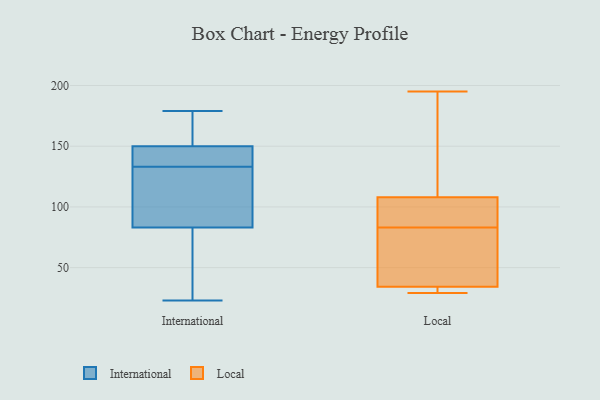
{"axis": {"x": "Population (Million)", "y": "Value"}, "legend": ["International", "Local"], "data": [{"x": "", "y": 23, "type": "International"}, {"x": "", "y": 160, "type": "International"}, {"x": "", "y": 133, "type": "International"}, {"x": "", "y": 60, "type": "International"}, {"x": "", "y": 133, "type": "International"}, {"x": "", "y": 151, "type": "International"}, {"x": "", "y": 143, "type": "International"}, {"x": "", "y": 33, "type": "International"}, {"x": "", "y": 164, "type": "International"}, {"x": "", "y": 110, "type": "International"}, {"x": "", "y": 106, "type": "International"}, {"x": "", "y": 60, "type": "International"}, {"x": "", "y": 116, "type": "International"}, {"x": "", "y": 149, "type": "International"}, {"x": "", "y": 147, "type": "International"}, {"x": "", "y": 179, "type": "International"}, {"x": "", "y": 83, "type": "Local"}, {"x": "", "y": 31, "type": "Local"}, {"x": "", "y": 66, "type": "Local"}, {"x": "", "y": 29, "type": "Local"}, {"x": "", "y": 195, "type": "Local"}, {"x": "", "y": 111, "type": "Local"}, {"x": "", "y": 41, "type": "Local"}, {"x": "", "y": 32, "type": "Local"}, {"x": "", "y": 83, "type": "Local"}, {"x": "", "y": 99, "type": "Local"}, {"x": "", "y": 166, "type": "Local"}]}